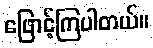
ဖြောင့်ကြပါတယ်။